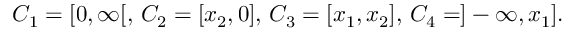
C _ { 1 } = [ 0 , \infty [ , \, C _ { 2 } = [ x _ { 2 } , 0 ] , \, C _ { 3 } = [ x _ { 1 } , x _ { 2 } ] , \, C _ { 4 } = ] - \infty , x _ { 1 } ] .